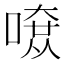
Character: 𠼄